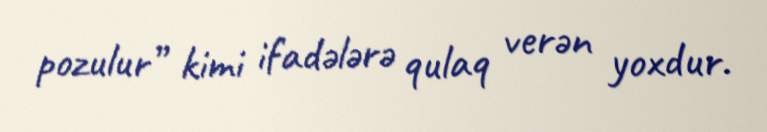
pozulur” kimi ifadələrə qulaq verən yoxdur.